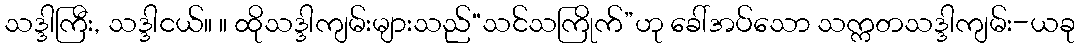
သဒ္ဒါကြီး, သဒ္ဒါငယ်။ ။ ထိုသဒ္ဒါကျမ်းများသည်“သင်သကြိုက်”ဟု ခေါ်အပ်သော သက္ကတသဒ္ဒါကျမ်း-ယခု